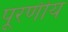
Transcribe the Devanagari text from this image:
पूरणीय